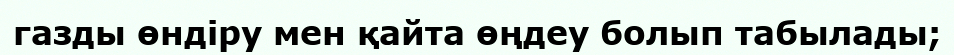
газды өндіру мен қайта өңдеу болып табылады;